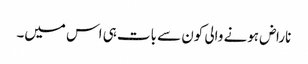
ناراض ہونے والی کون سے بات ہی اس میں۔